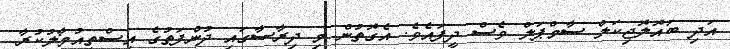
އަދި ބައޮލޮޖިކަލް ސާމްޕަލް ވެސް ދީފައެވެ. އެގޮތުން މި ދިރާސާގައި ދުންފަތުގެ އިސްތިއުމާލުކުރާ